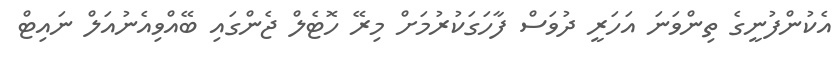
އެކުންފުނީގެ ތިންވަނަ އަހަރީ ދުވަސް ފާހަގަކުރުމަށް މިރޭ ހޮޓެލް ޖެންގައި ބޭއްވިއެނުއަލް ނައިޓް